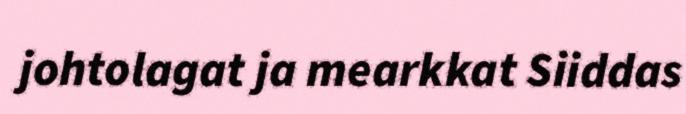
johtolagat ja mearkkat Siiddas